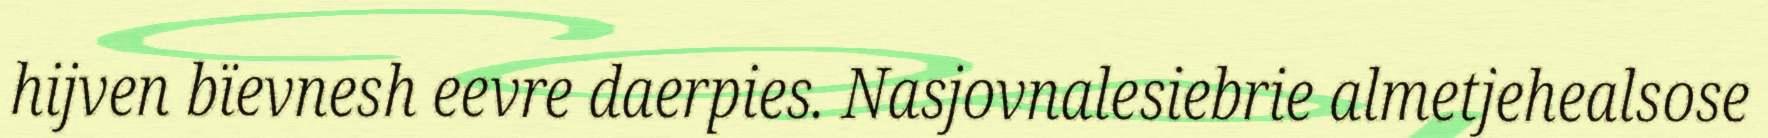
hijven bïevnesh eevre daerpies. Nasjovnalesiebrie almetjehealsose